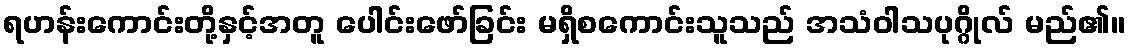
ရဟန်းကောင်းတို့နှင့်အတူ ပေါင်းဖော်ခြင်း မရှိစကောင်းသူသည် အသံဝါသပုဂ္ဂိုလ် မည်၏။